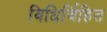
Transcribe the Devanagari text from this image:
विधिर्विहित